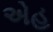
એહ